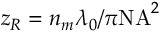
z _ { R } = n _ { m } \lambda _ { 0 } / \pi \mathrm { N A } ^ { 2 }